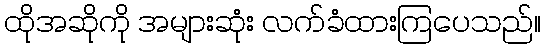
ထိုအဆိုကို အများဆုံး လက်ခံထားကြပေသည်။